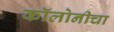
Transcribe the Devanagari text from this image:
कॉलोनीचा